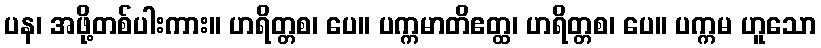
ပန၊ အဖို့တစ်ပါးကား။ ဟရိတ္တစ၊ ပေ။ ပက္ကမာတိဧတ္ထ၊ ဟရိတ္တစ၊ ပေ။ ပက္ကမ ဟူသော